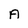
Character: A